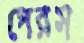
পেরস